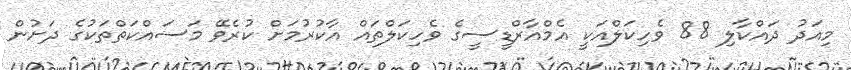
މިއަދު ދައްކާލި 88 ވެހިކަލްއަކީ އެމްއާރްޑީސީގެ ވެހިކަލްތައް އާކުރުމަށް ކުރެވޭ މަސައްކަތްތަކުގެ ދަށުން